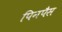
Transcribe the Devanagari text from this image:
पिनपैस